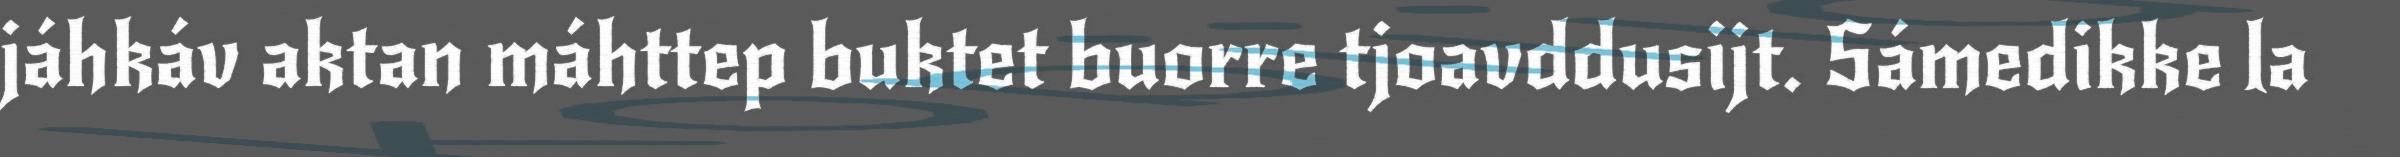
jáhkáv aktan máhttep buktet buorre tjoavddusijt. Sámedikke la